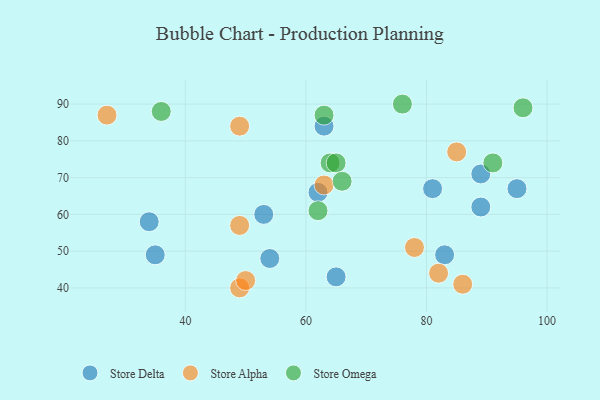
{"axis": {"x": "GDP", "y": "Life Expectancy"}, "legend": ["Store Alpha", "Store Delta", "Store Omega"], "data": [{"x": "89", "y": 71, "type": "Store Delta"}, {"x": "53", "y": 60, "type": "Store Delta"}, {"x": "63", "y": 84, "type": "Store Delta"}, {"x": "34", "y": 58, "type": "Store Delta"}, {"x": "83", "y": 49, "type": "Store Delta"}, {"x": "65", "y": 43, "type": "Store Delta"}, {"x": "62", "y": 66, "type": "Store Delta"}, {"x": "35", "y": 49, "type": "Store Delta"}, {"x": "95", "y": 67, "type": "Store Delta"}, {"x": "54", "y": 48, "type": "Store Delta"}, {"x": "81", "y": 67, "type": "Store Delta"}, {"x": "89", "y": 62, "type": "Store Delta"}, {"x": "49", "y": 40, "type": "Store Alpha"}, {"x": "49", "y": 84, "type": "Store Alpha"}, {"x": "85", "y": 77, "type": "Store Alpha"}, {"x": "27", "y": 87, "type": "Store Alpha"}, {"x": "78", "y": 51, "type": "Store Alpha"}, {"x": "63", "y": 68, "type": "Store Alpha"}, {"x": "82", "y": 44, "type": "Store Alpha"}, {"x": "50", "y": 42, "type": "Store Alpha"}, {"x": "49", "y": 57, "type": "Store Alpha"}, {"x": "86", "y": 41, "type": "Store Alpha"}, {"x": "64", "y": 74, "type": "Store Omega"}, {"x": "91", "y": 74, "type": "Store Omega"}, {"x": "63", "y": 87, "type": "Store Omega"}, {"x": "36", "y": 88, "type": "Store Omega"}, {"x": "62", "y": 61, "type": "Store Omega"}, {"x": "65", "y": 74, "type": "Store Omega"}, {"x": "66", "y": 69, "type": "Store Omega"}, {"x": "96", "y": 89, "type": "Store Omega"}, {"x": "76", "y": 90, "type": "Store Omega"}]}